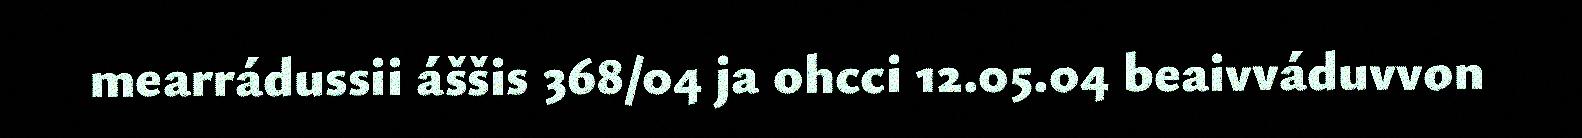
mearrádussii áššis 368/04 ja ohcci 12.05.04 beaivváduvvon